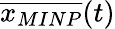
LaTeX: \overline{{x_{MINP}}}(t)